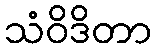
သံဝိဒိတာ